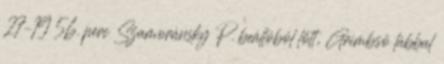
27–19 56. perc Szamoránsky P. beállóból lőtt, Grimbsö lábbal